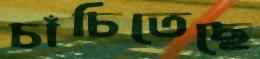
চাঁচিতেছে